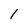
Character: 1